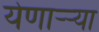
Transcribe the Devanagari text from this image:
येणाऱ्र्‍या